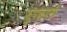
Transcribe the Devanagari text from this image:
झुपक्यानी